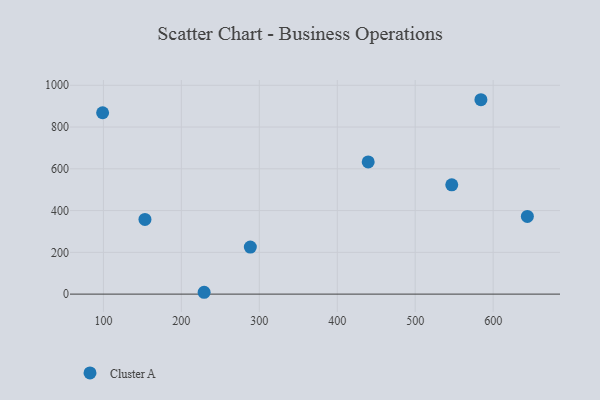
{"axis": {"x": "Distance", "y": "Demand"}, "legend": ["Cluster A"], "data": [{"x": "643.9", "y": 372.1, "type": "Cluster A"}, {"x": "99.0", "y": 868.4, "type": "Cluster A"}, {"x": "288.5", "y": 225.1, "type": "Cluster A"}, {"x": "229.2", "y": 8.8, "type": "Cluster A"}, {"x": "439.7", "y": 633.0, "type": "Cluster A"}, {"x": "153.3", "y": 357.5, "type": "Cluster A"}, {"x": "584.3", "y": 930.7, "type": "Cluster A"}, {"x": "546.9", "y": 523.2, "type": "Cluster A"}]}